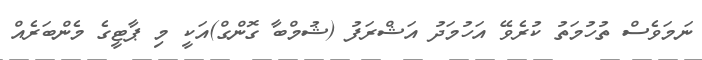
ނަމަވެސް ތުހުމަތު ކުރެވޭ އަހުމަދު އަޝްރަފު (ޝުމްބާ ގޮންގް)އަކީ މި ޕާޓީގެ މެންބަރެއް